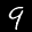
Label: 9